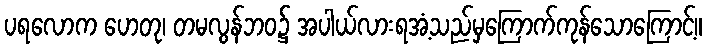
ပရလောက ဟေတု၊ တမလွန်ဘဝ၌ အပါယ်လားရအံ့သည်မှကြောက်ကုန်သောကြောင့်။